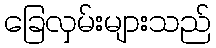
ခြေလှမ်းများသည်